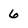
Character: 6